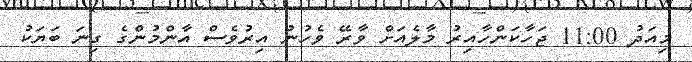
މިއަދު 11:00 ޖަހާކަންހާއިރު މާލެއަށް ވާރޭ ވެހުނު އިރުވެސް އާންމުންގެ ގިނަ ބަޔަކު